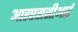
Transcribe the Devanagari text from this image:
आरएससीआई